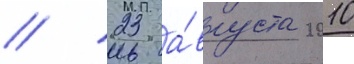
// 23 а́вгуста 2010